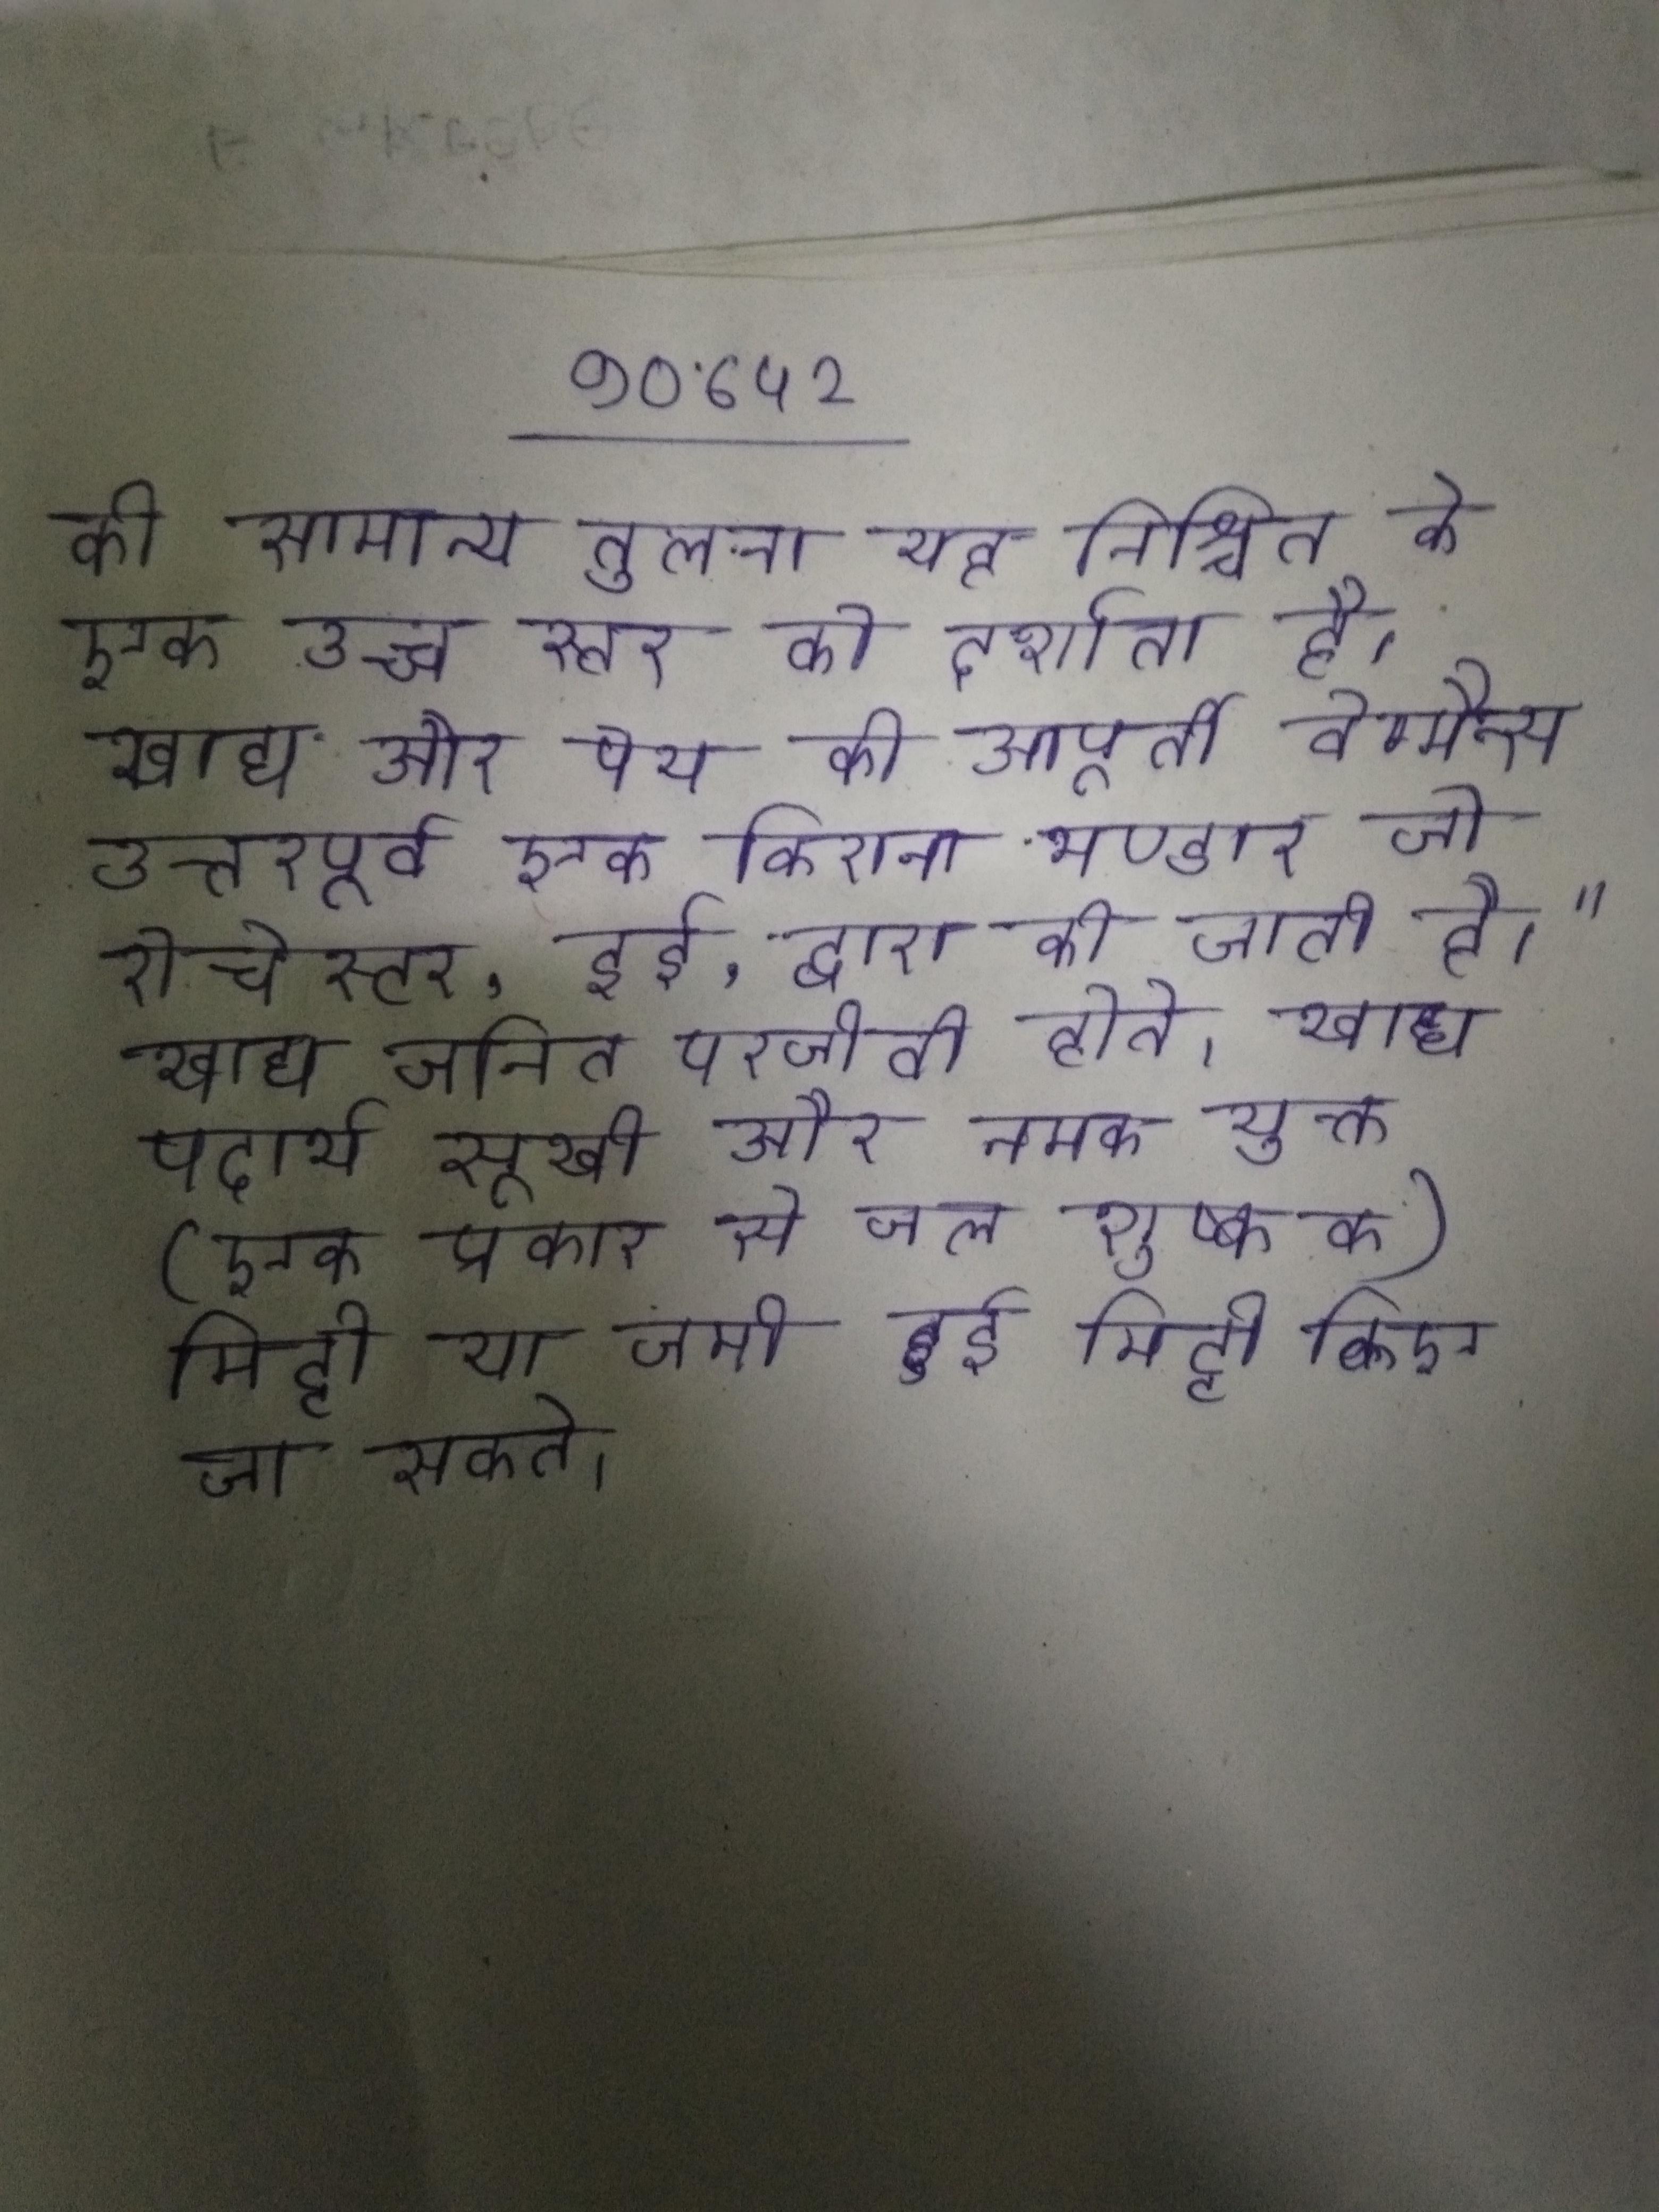
की सामान्य तुलना यह निश्चित के एक उच्च स्तर को दर्शाता है । खाद्य और पेय की आपूर्ती वेग्मैन्स उत्तरपूर्व एक किराना भण्डार जो रोचेस्टर, हुई, द्वारा की जाती है।" खाद्य जनित परजीवी होते । खाद्य पदार्थ सूखी और नमक युक्त (एक प्रकार से जल शुष्कक) मिट्टी या जमी हुई मिट्टी किए जा सकते ।